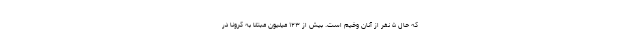
که حال ۵ نفر از آنان وخیم است. بیش از ۱۲۳ میلیون مبتلا به کرونا در